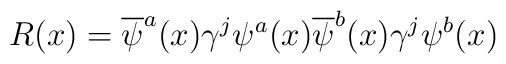
R(x) = \overline\psi^{a}(x) \gamma^{j} \psi^{a}(x)          \overline\psi^{b}(x) \gamma^{j} \psi^{b}(x)